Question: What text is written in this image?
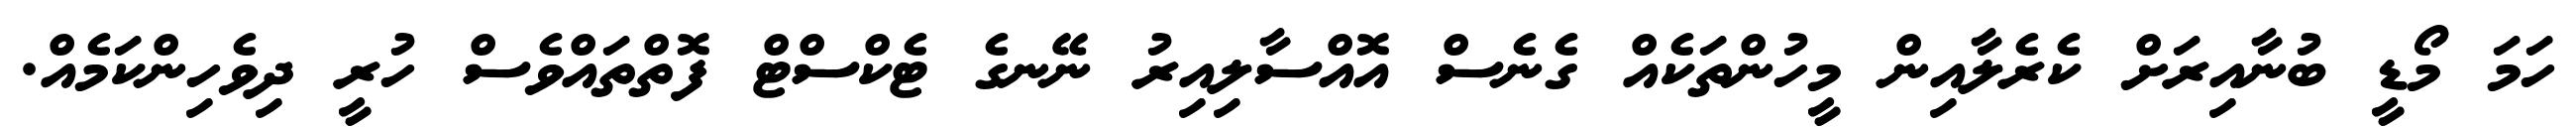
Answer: ހަމަ މޯޑީ ބުނާއިރަށް ކެރެލާއިން މީހުންތަކެއް ގެނެސް އޮއްސާލިއިރު ނޭނގެ ޓެކްސްޓް ފޮތްތައްވެސް ހުރީ ދިވެހިންކަމެއް.